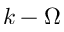
k - \Omega